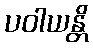
ပဝါယန္တိ